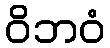
ဝိဘဝံ